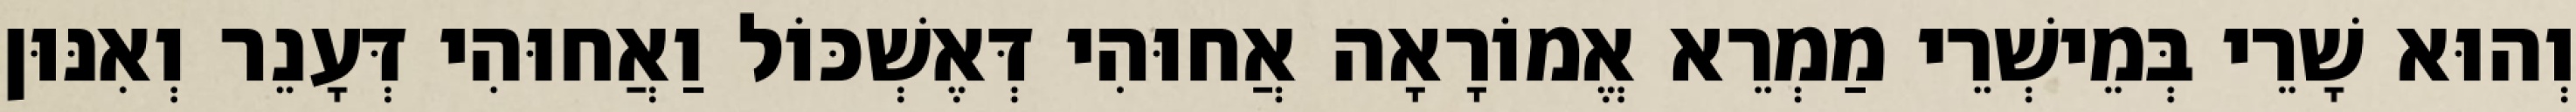
וְהוּא שָׁרֵי בְּמֵישְׁרֵי מַמְרֵא אֱמוֹרָאָה אֲחוּהִי דְּאֶשְׁכּוֹל וַאֲחוּהִי דְּעָנֵר וְאִנּוּן